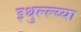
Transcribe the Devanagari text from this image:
इथुल्ल्य्या